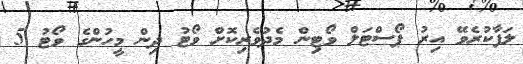
ލަފާކުރެވޭ އިރު ޕޯސްޓަލް ވޯޓިން މެދުވެރިކޮށް ވޯޓު ދިން މީހުންގެ ވޯޓު 5